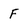
Character: F